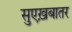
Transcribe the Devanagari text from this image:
सुएख़बातर